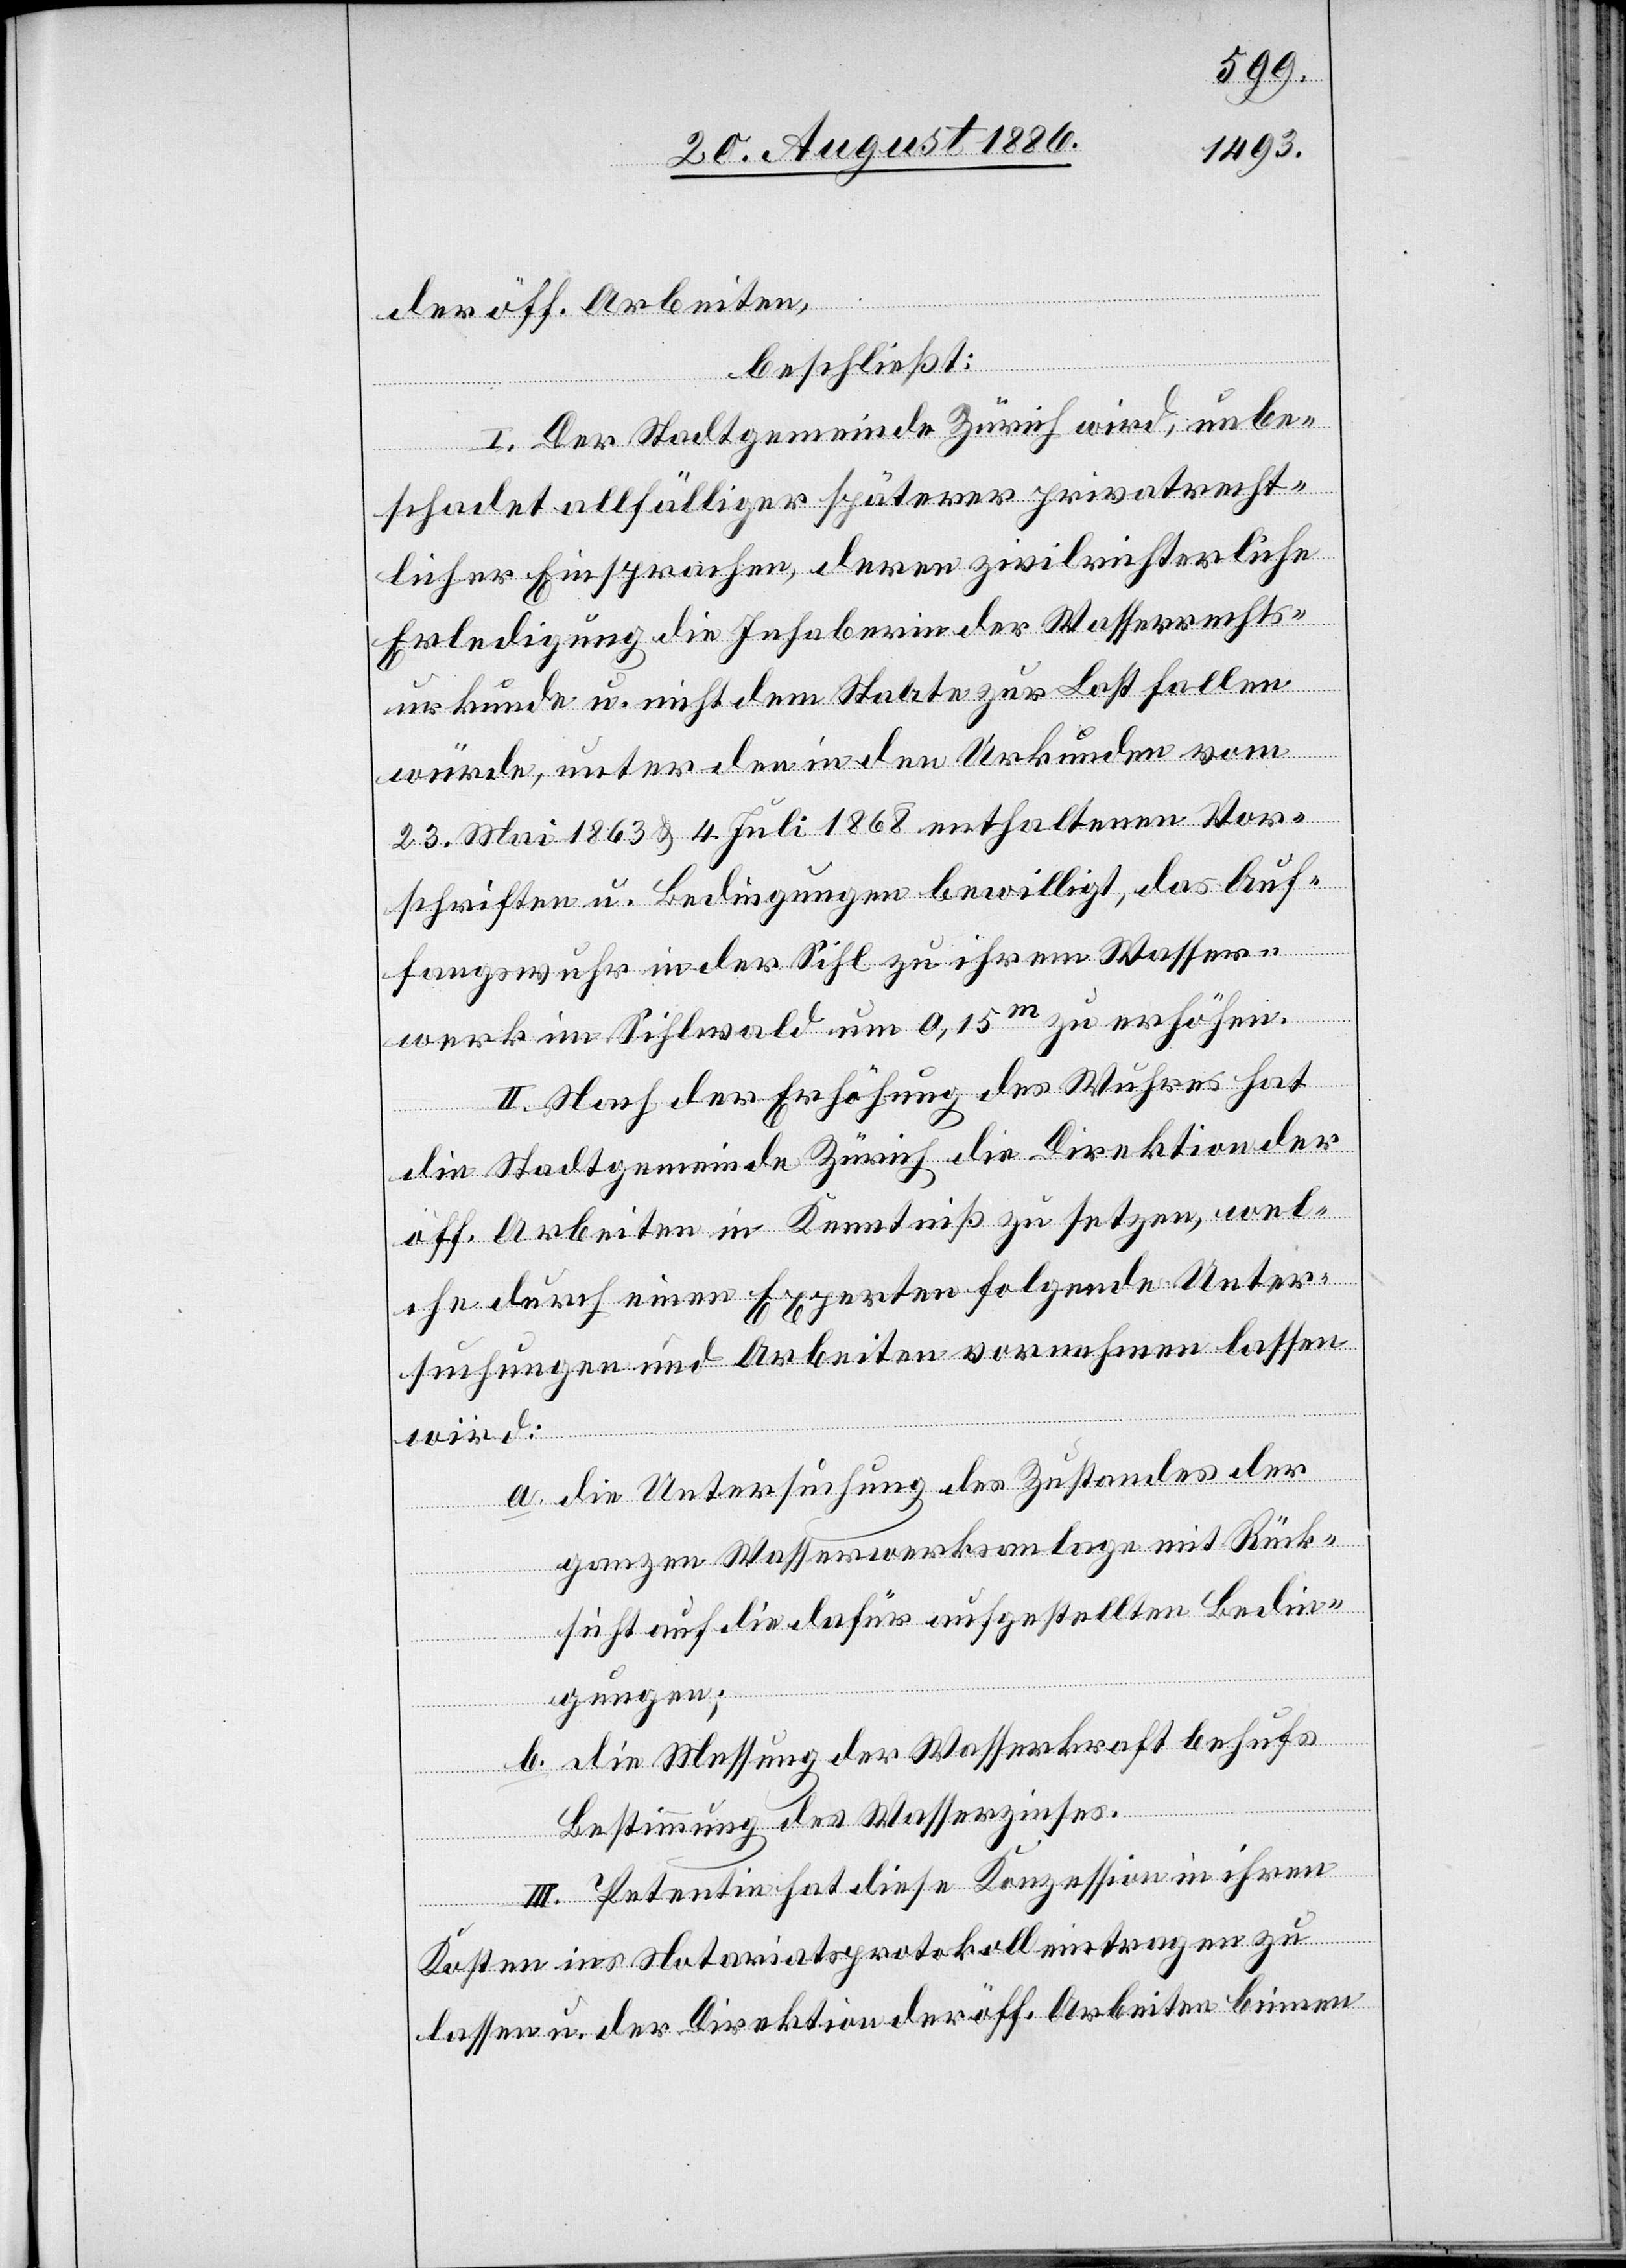
der öff. Arbeiten,
beschließt:
I. Der Stadtgemeinde Zürich wird, unbe¬
schadet allfälliger späterer privatrecht¬
licher Einsprachen, deren zivilrechtliche
Erledigung die Inhaber der Wasserrechts¬
urkunde u. nicht dem Staate zur Last fallen
würde, unter den in den Urkunden vom
23. Mai 1863 & 4. Juli 1868 enthaltenen Vor¬
schriften u. Bedingungen bewilligt, das Auf¬
fangswuhr in der Sihl zu ihrem Wasser¬
werk im Sihlwald um 0,15m zu erhöhen.
II. Nach der Erhöhung des Wuhres hat
die Stadtgemeinde Zürich die Direktion der
öff. Arbeiten in Kenntniß zu setzen, wel¬
che durch einen Experten folgende Unter¬
suchungen und Arbeiten vornehmen lassen
wird:
a. Die Untersuchung des Zustandes der
ganzen Wasserwerksanlage mit Rück¬
sicht auf die dafür aufgestellten Bedin¬
gungen;
b. Die Messung der Wasserkraft behufs
Bestimmung des Wasserzinses.
III. Petentin hat diese Konzession in in ihren
Kosten ins Notariatsprotokoll eintragen zu
lassen u. der Direktion der öff. Arbeiten binnen